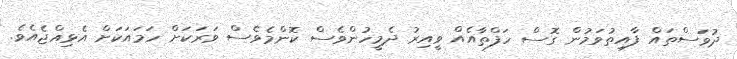
ދުވަސްތައް ފާއިތުވަމުން ގޮސް ހަފްތާއެއް ވީއިރު ދެމީހުންވެސް ކޮންމެވެސް ވަރަކަށް ހަމައަކަށް އެޅިއްޖެއެވެ.